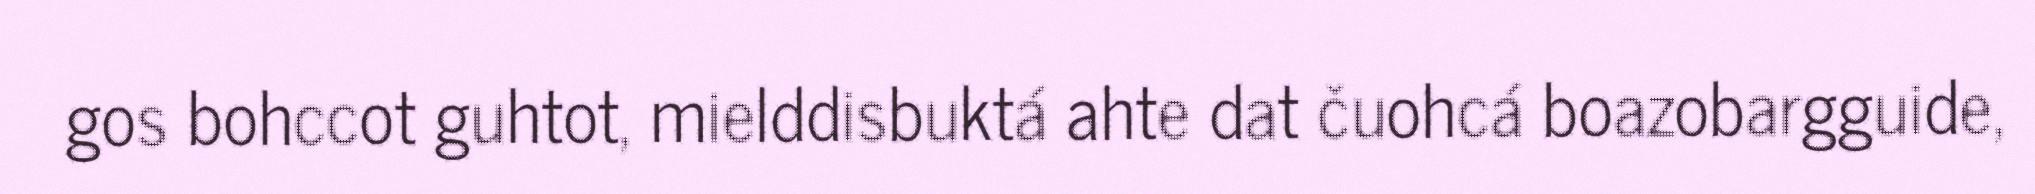
gos bohccot guhtot, mielddisbuktá ahte dat čuohcá boazobargguide,